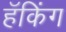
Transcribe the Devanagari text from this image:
हॅकिंग